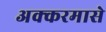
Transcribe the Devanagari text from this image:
अक्करमासे